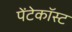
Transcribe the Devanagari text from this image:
पेंटेकॉस्ट